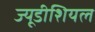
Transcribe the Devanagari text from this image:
ज्यूडीशियल